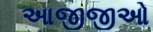
આજીજીઓ